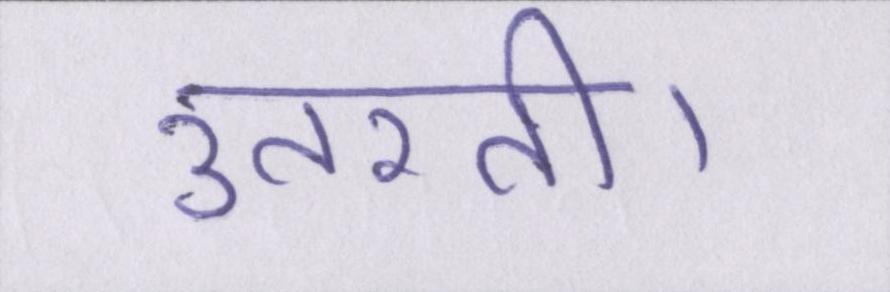
उतरती।